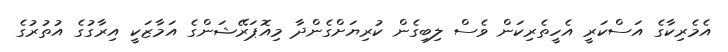
އެމެރިކާގެ އަސްކަރީ އެހީތެރިކަން ވެސް ލިބިގެން ކުރިޔަށްގެންދާ މިއޮޕަރޭޝަންގެ އަމާޒަކީ އިރާގުގެ އުތުރުގެ